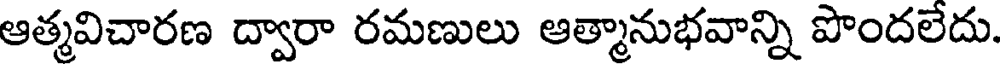
ఆత్మవిచారణ ద్వారా రమణులు ఆత్మానుభవాన్ని పొందలేదు.